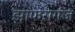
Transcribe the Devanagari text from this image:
झाफरागंज